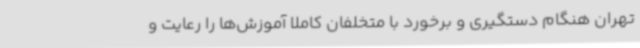
تهران هنگام دستگیری و برخورد با متخلفان کاملا آموزش‌ها را رعایت و